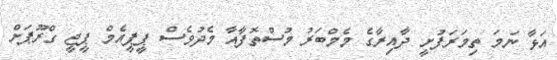
އަޅާ ނަމަ ތިމަރަފުށީ ދާއިރާގެ މެމްބަރު މުސްތޮފާއާ މެދުވެސް ޕީޕީއެމް ޕީޖީ ގްރޫޕަށް